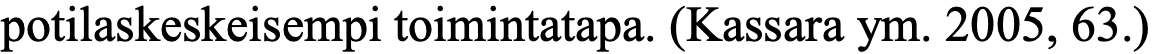
potilaskeskeisempi toimintatapa. (Kassara ym. 2005, 63.)